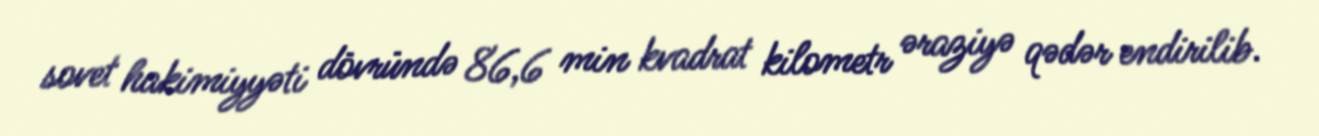
sovet hakimiyyəti dövründə 86,6 min kvadrat kilometr əraziyə qədər endirilib.